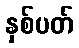
နှစ်ပတ်